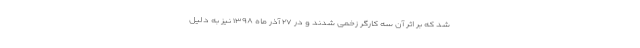
شد که بر اثر آن سه کارگر زخمی شدند و در ۲۷ آذر ماه ۱۳۹۸ نیز به دلیل